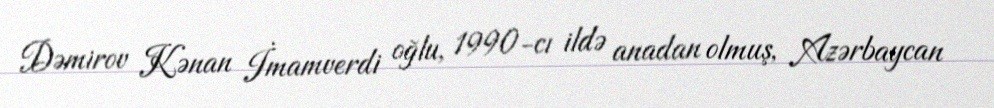
Dəmirov Kənan İmamverdi oğlu, 1990-cı ildə anadan olmuş, Azərbaycan